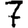
Digit: 7